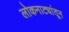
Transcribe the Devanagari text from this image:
लोकनाट्यांतून